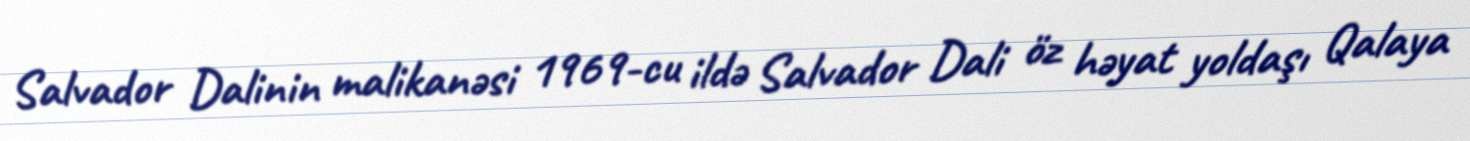
Salvador Dalinin malikanəsi 1969-cu ildə Salvador Dali öz həyat yoldaşı Qalaya